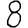
Digit: 8